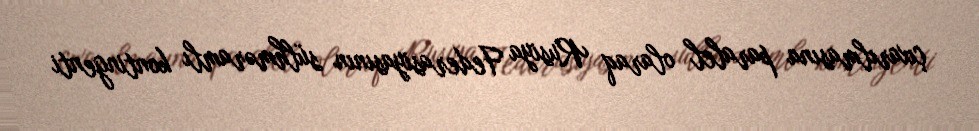
çıxarılmasına paralel olaraq Rusiya Federasiyasının sülhməramlı kontingenti